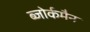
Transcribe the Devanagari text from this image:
ब्जोर्कमैन